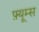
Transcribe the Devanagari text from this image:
फ़्यूम्स